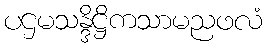
ပဌမသန္ဒိဋ္ဌိကသာမညဖလံ